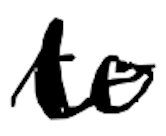
Text: to
Cross-out: mix
Writing tool: digital_black